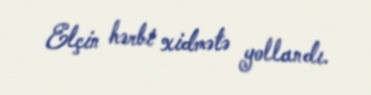
Elçin hərbi xidmətə yollandı.